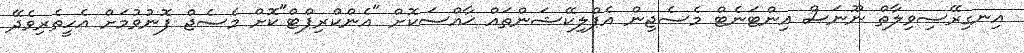
އިނގިރޭސިވިލާތް ނޫނަސް އިންޓަނެޓް މެސެޖިން އެޕްލިކޭޝަންތައް ޚާއްސަކޮށް "އެންކްރިޕްޓް"ކޮށް މެސެޖް ފޮނުވުމަށް އެހީތެރިވެދޭ